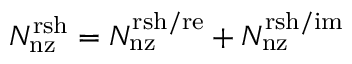
N _ { \mathrm { n z } } ^ { \mathrm { r s h } } = N _ { \mathrm { n z } } ^ { \mathrm { r s h / r e } } + N _ { \mathrm { n z } } ^ { \mathrm { r s h / i m } }